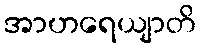
အာဟရေယျာတိ